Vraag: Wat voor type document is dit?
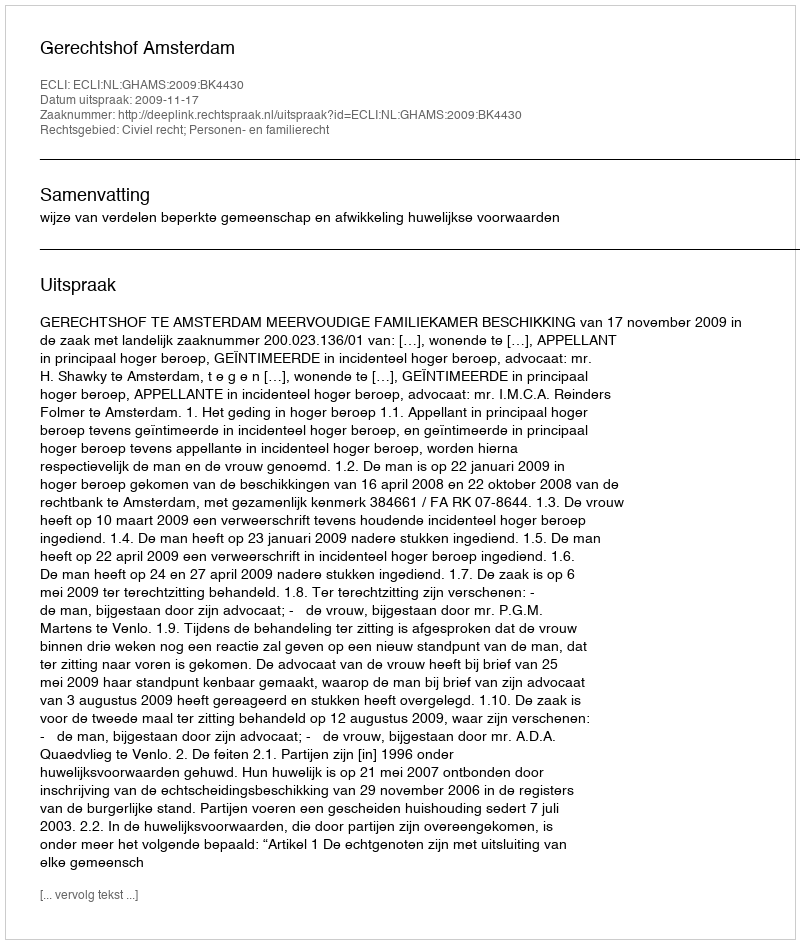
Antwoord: Uitspraak